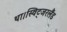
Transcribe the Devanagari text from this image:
था।स्विट्जरलैंड